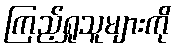
ကြည့်ရှုသူများကို